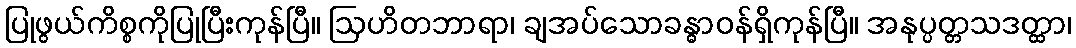
ပြုဖွယ်ကိစ္စကိုပြုပြီးကုန်ပြီ။ ဩဟိတဘာရာ၊ ချအပ်သောခန္ဓာဝန်ရှိကုန်ပြီ။ အနုပ္ပတ္တသဒတ္ထာ၊